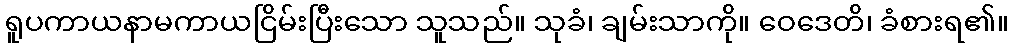
ရူပကာယနာမကာယငြိမ်းပြီးသော သူသည်။ သုခံ၊ ချမ်းသာကို။ ဝေဒေတိ၊ ခံစားရ၏။